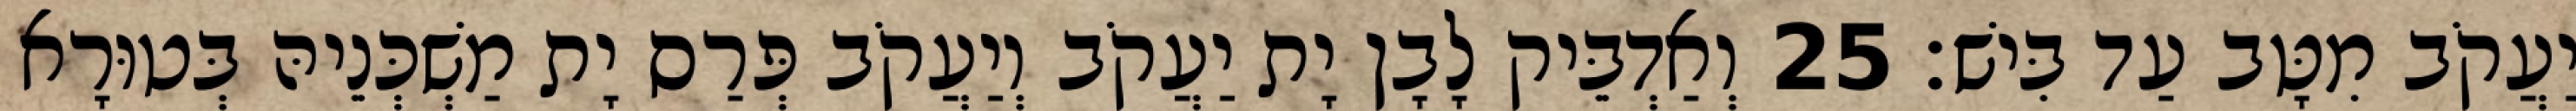
יַעֲקֹב מִטָּב עַד בִּישׁ׃ 25 וְאַדְבֵּיק לָבָן יָת יַעֲקֹב וְיַעֲקֹב פְּרַס יָת מַשְׁכְּנֵיהּ בְּטוּרָא